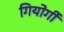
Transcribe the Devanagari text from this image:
गियोर्गी